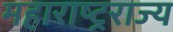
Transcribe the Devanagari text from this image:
महाराष्ट्रराज्य